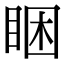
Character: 睏